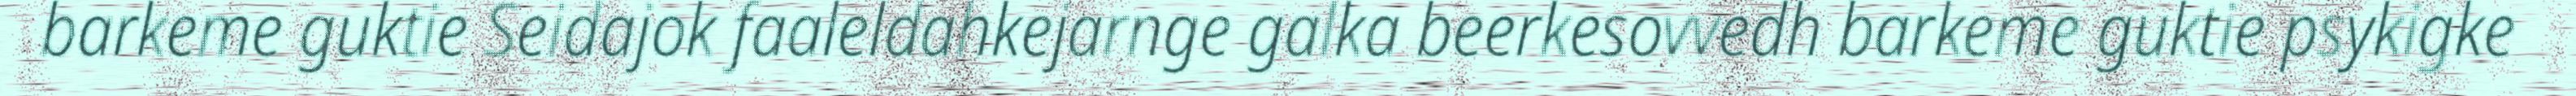
barkeme guktie Seidajok faaleldahkejarnge galka beerkesovvedh barkeme guktie psykigke